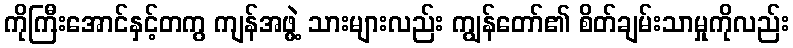
ကိုကြီးအောင်နှင့်တကွ ကျန်အဖွဲ့ သားများလည်း ကျွန်တော်၏ စိတ်ချမ်းသာမှုကိုလည်း